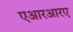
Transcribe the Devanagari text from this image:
एआरआरए